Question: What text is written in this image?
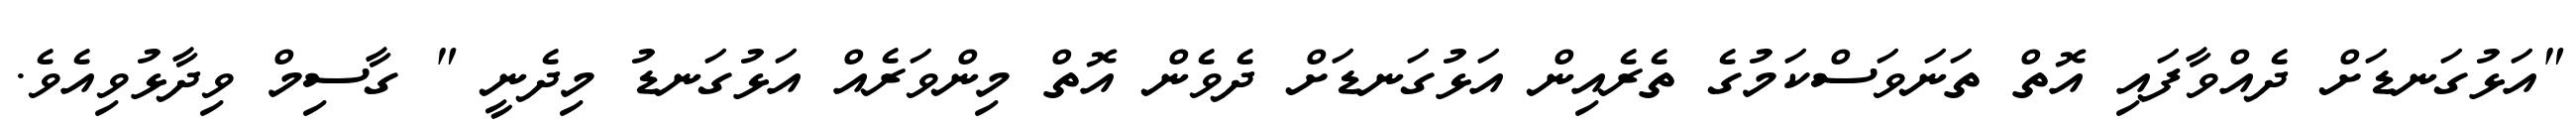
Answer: "އަޅުގަނޑަށް ދެއްވާފައި އޮތް ތަނަވަސްކަމުގެ ތެރެއިން އަޅުގަނޑަށް ދެވެން އޮތް މިންވަރެއް އަޅުގަނޑު މިދެނީ " ގާސިމް ވިދާޅުވިއެވެ.